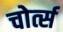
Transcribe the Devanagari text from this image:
चोर्त्स